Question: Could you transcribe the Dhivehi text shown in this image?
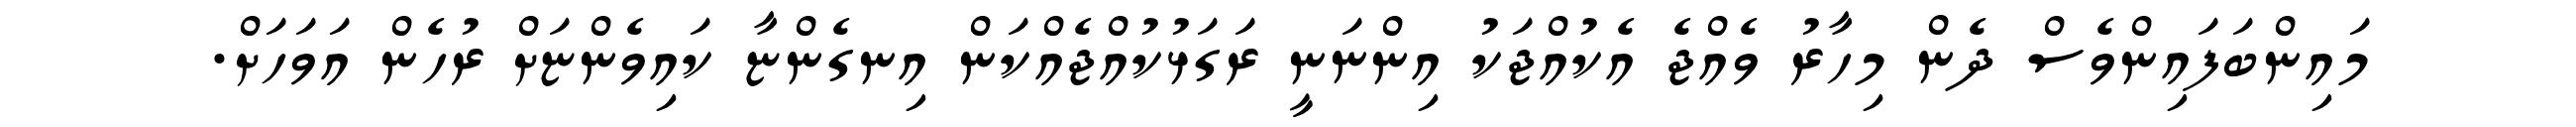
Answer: މައިންބަފައިންވެސް ދެން މިހާރު ވެއްޖެ އެކުއްޖަކު އިންނަނީ ރަގަޅުކުއްޖެއްކަން އިނގެންޏާ ކައިވެންޏަށް ރުހެން އަވަހަށް.